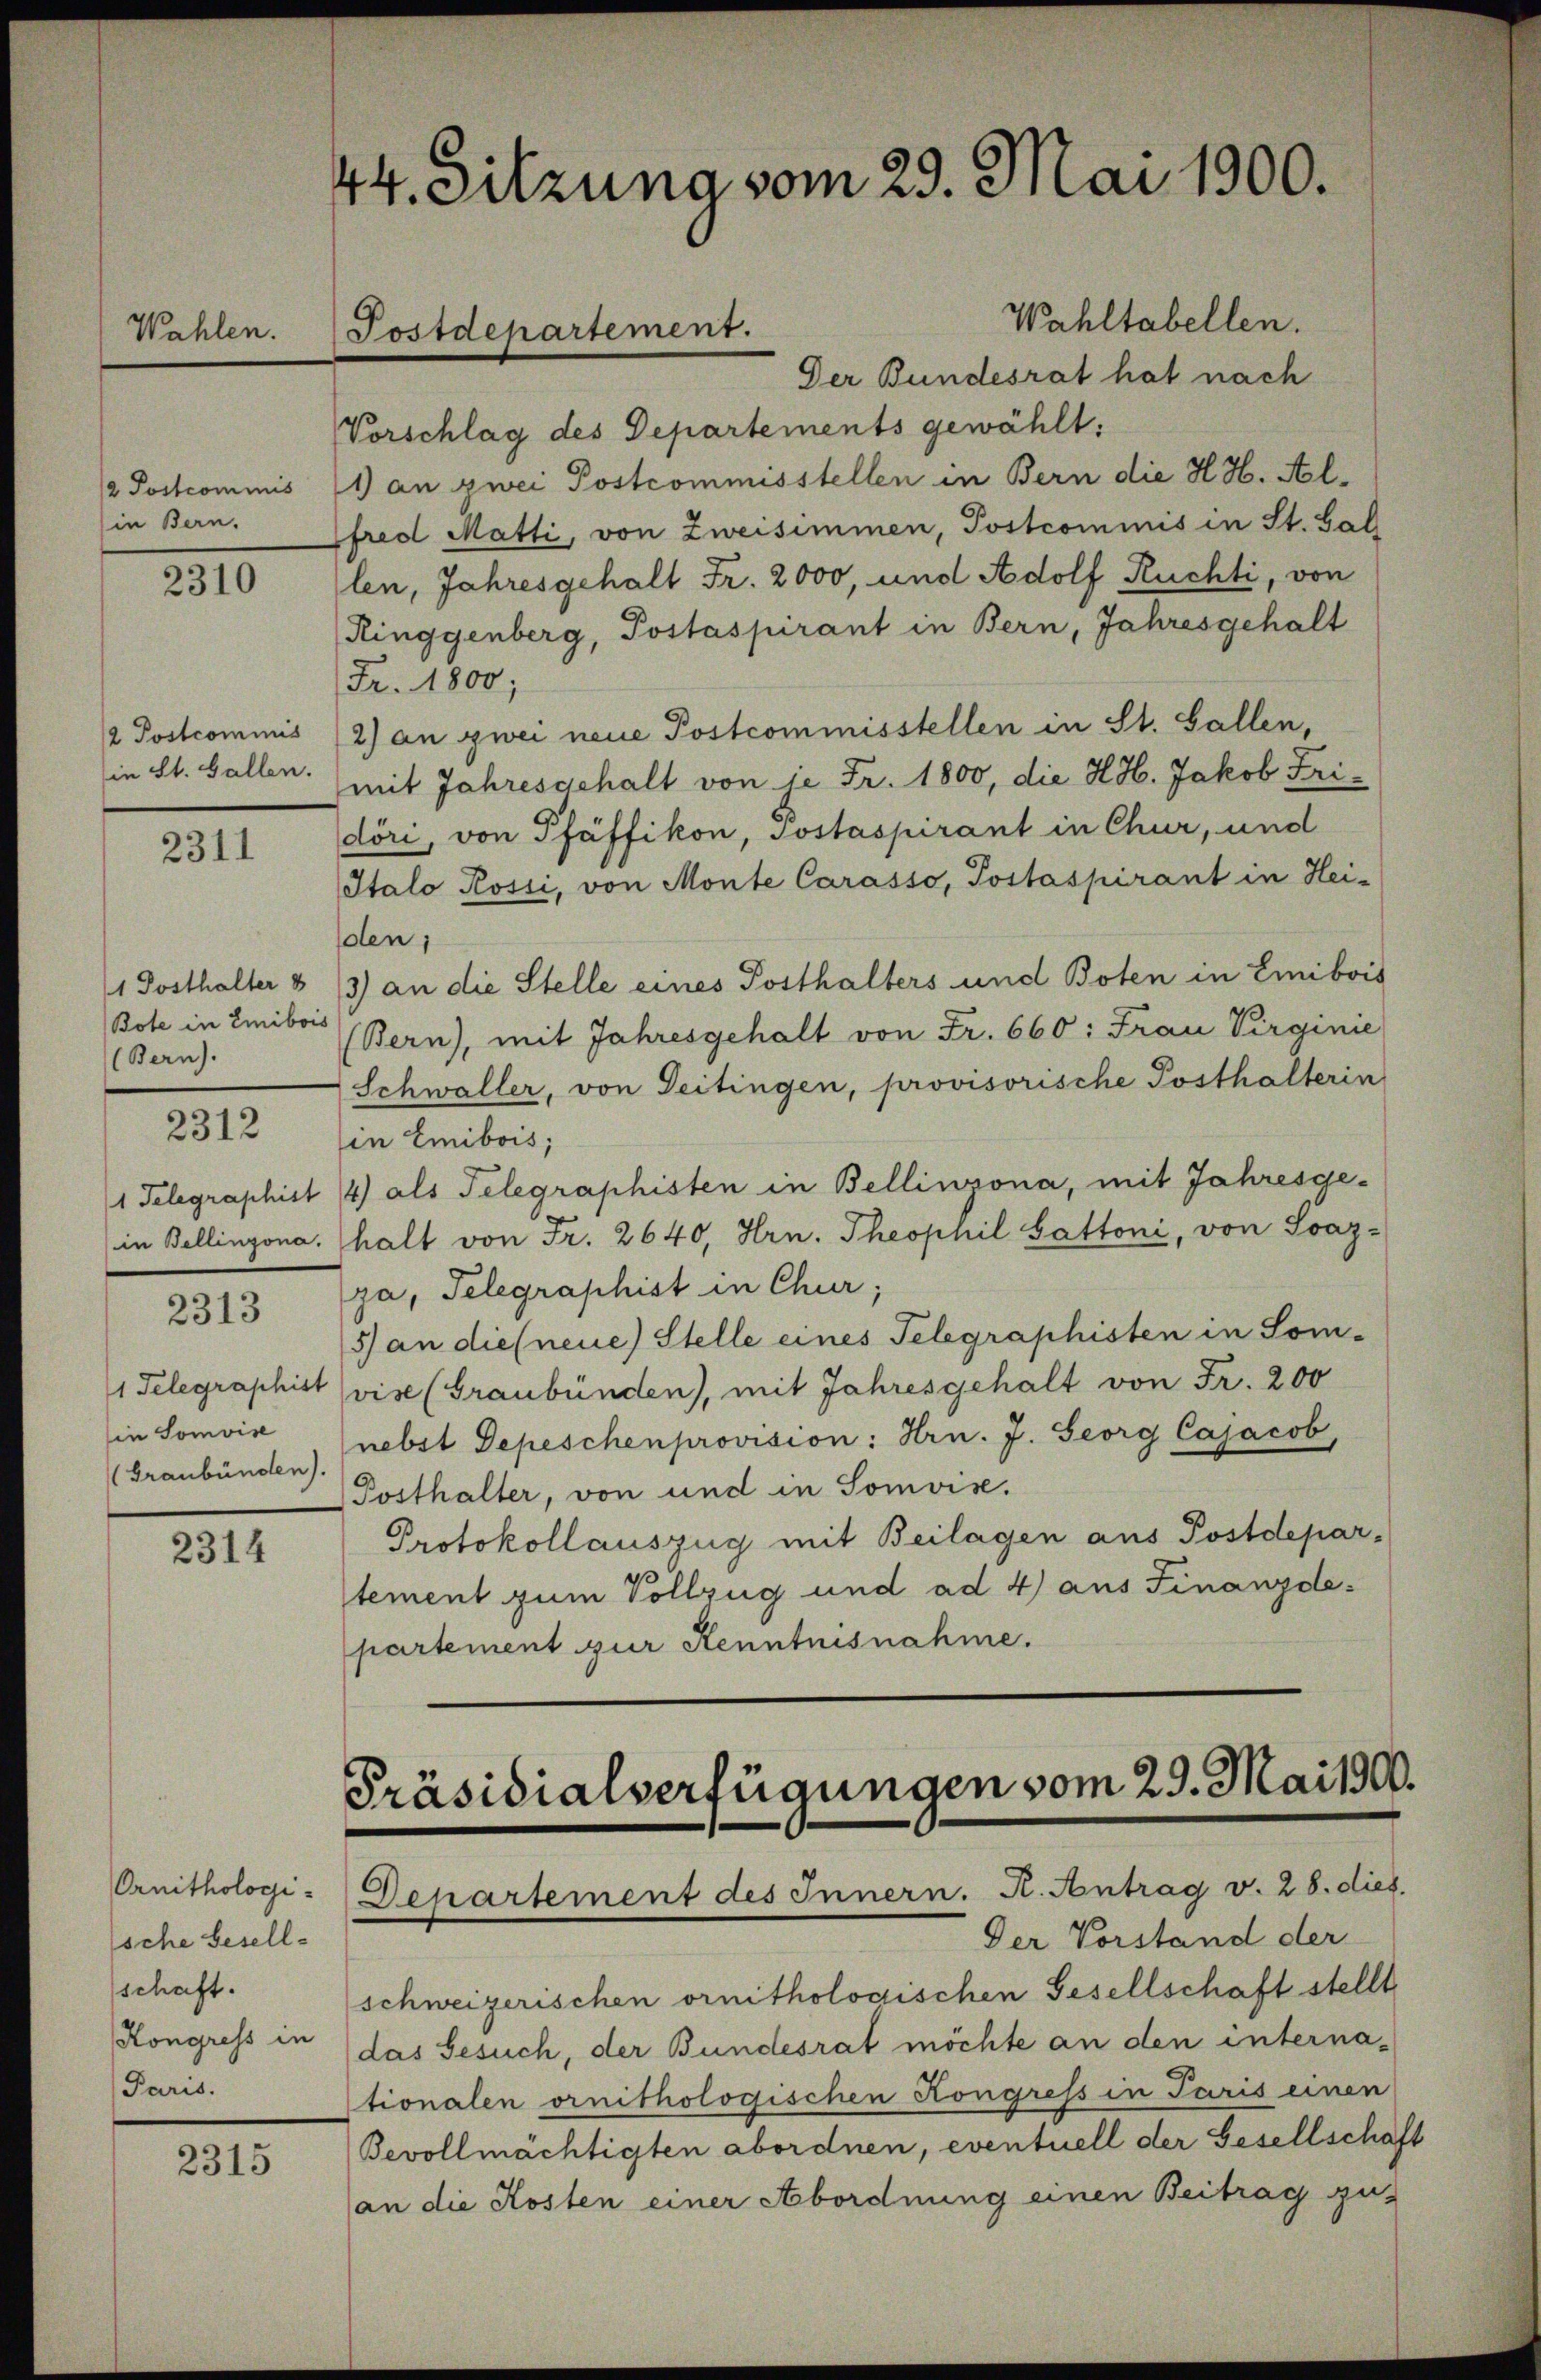
Wahlen.

/2 Postcommis
in Bern.

2310

12 Postcommis
in St. Gallen.

2311

Bote in Emibois
(Bern).

2312

2313

in Somvise
Graubünden).

2314

Ornithologische Besell-
schaft.
Kongress in
Paris.

2315

44. Sitzuna vom 29. Mai 1900.

Postdepartement.

Wahltabellen.
Der Bundesrat hat nach
Vorschlag des Departements gewählt:
1) an zwei Postcommisstellen in Bern die H. H. Alfred Matti, von Zweisimmen, Postcommis in St. Gall
len, Jahresgehalt Fr. 2000, und Adolf Ruchti, von
Ringgenberg, Postaspirant in Bern, Jahresgehalt
Fr. 1800;
2) an zwei neue Postcommisstellen in St. Gallen,
mit Jahresgehalt von je Fr. 1800, die H.H. Jakob Fridöri, von Pfäffikon, sostaspirant in Chur, und
Italo Rossi, von Monte Carasso, Postaspirant in Hei-
solen;
1 Posthalter & 13) an die Stelle eines Posthalters und Boten in Emibois
(Bern), mit Jahresgehalt von Fr. 660: Frau Virginie
Schwaller, von Seitingen, provisorische Posthalterin
in Emibois,
1 Telegraphist 4) als Telegraphisten in Bellinzona, mit Jahresge¬
(in Bellinzona. halt von Fr. 2640, Hrn. Theophil Sattoni, von Soaz-
ja, Telegraphist in Chur;
5) an dies neue Stelle eines Telegraphisten in Som¬
1 Telegraphist (vise (Graubünden), mit Jahresgehalt von Fr. 200
nebst Depeschenprovision: Hrn. J. Seorg Cajacob,
Posthalter, von und in Somvise.
Protokollauszug mit Beilagen aus Postdepar-
stement zum Vollzug und ad 4) aus Finanzdepartement zur Kenntnisnahme.

Präsidialverfügungen vom 29. Mai 1900.
Departement des Innern. K. Antrag v. 28. dies.
Der Vorstand der

schweizerischen ornithologischen Gesellschaft stellt
das Gesuch, der Bundesrat möchte an den internationalen ornithologischen Kongress in Paris einen
Bevollmächtigten abordnen, eventuell der Gesellschaft
an die Kosten einer Abordnung einen Beitrag zu¬